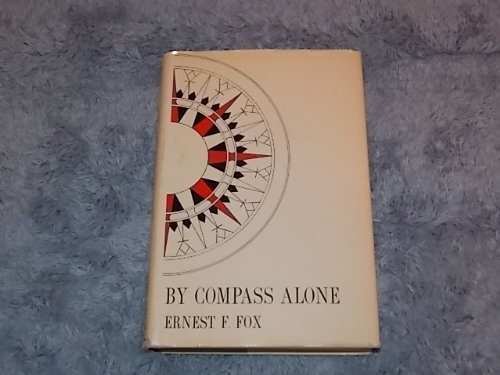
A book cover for By compass alone,; Ernest F Fox; Travel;